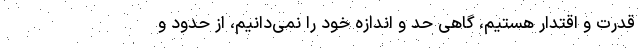
قدرت و اقتدار هستیم، گاهی حد و اندازه خود را نمی‌دانیم، از حدود و